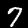
Label: 7